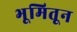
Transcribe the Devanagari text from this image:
भूमितून